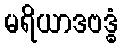
မရိယာဒဗဒ္ဓံ